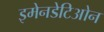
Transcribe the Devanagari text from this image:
इमेनडेटिओन